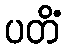
ပတိံ